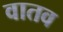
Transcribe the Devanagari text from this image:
वातव